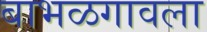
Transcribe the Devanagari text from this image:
बाभळगावला